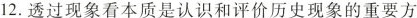
12.透过现象看本质是认识和评价历史现象的重要方